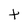
Character: t